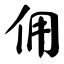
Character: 佣